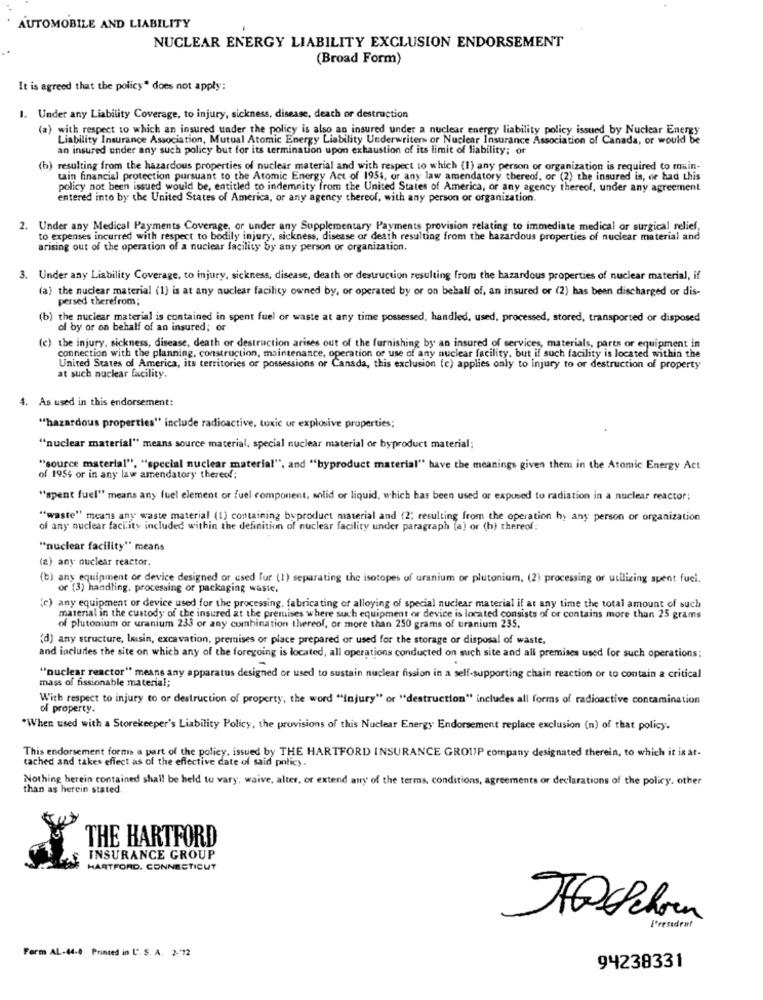
AUTOMOBILE AND LIABILITY
NUCLEAR ENERGY LIABILITY EXCLUSION ENDORSEMENT
(Broad Form)
It is agreed that the policy" does not apply:
1. Under any Liability Coverage, to injury, sickness, disease, death or destruction
(a) with respect to which an insured tader the policy is also an insured under a nuclear energy liability policy issued by Nuclear Energy
Liability Insurance Association, Mutual Atomic Energy Liability Underwriters or Nuclear Insurance Association of Canada, or would be
an insured under any such policy but for its termination upon exhaustion of its limit of liability; or
) resulting from the hazardous properties of nuclear material and with respect to which (1) any person or organization is required to main-
tain financial protection pursuant to the Atomic Energy Act of 1954, or any law amendatory thereof, or (2) the insured is, or had this
policy not been issued would be, entitled to indemnity from the United States of America, or any agency thereof, under any agreement
entered into by the United States of America, or any agency thereof, with any person or organization.
2. Under any Medical Payments Coverage, or under any Supplementary Payments provision relating to immediate medical or surgical relief,
to expenses incurred with respect to bodily injury, sickness, disease or death resulting from the hazardous properties of nuclear material and
arising out of the operation of a nuclear facility by any person or organization.
3. Under any Liability Coverage, to injury, sickness, disease, death or destruction resulting from the hazardous properties of nuclear material, if
(a) the nuclear material (1) is at any nuclear facility owned by, or operated by or on behalf of, an insured or (2) has been discharged or dis-
persed therefrom;
(b) the nuclear material is contained in spent fuel or waste at any time possessed, handled, used, processed, stored, transported or disposed
of by or on behalf of an insured; or
(c) the injury, sickness, disease, death or destruction arises out of the furnishing by an insured of services, materials, parts or equipment in
connection with the planning, construction, maintenance, operation of use of any nuclear facility, but if such facility is located within the
United States of America, its territories or possessions or Canada, this exclusion (c) applies only to injury to or destruction of property
at such nuclear facility.
4. As used in this endorsement:
"hazardous properties" include radioactive, tuxic ur explosive properties;
"nuclear material" means source material, special nuclear material or byproduct material;
"source material", "special nuclear material", and "byproduct material" have the meanings given them in the Atomic Energy Act
of 1954 or in any law amendatory thereof;
"spent fuel" means any fuel element or fuel component, solid or liquid, which has been used or expused to radiation in a nuclear reactor;
"waste" means any waste material (1) containing byproduct material and (2; resulting from the operation by any person or organization
of any nuclear facility included within the definition of nuclear facility under paragraph (a) or (b) thereof:
"nuclear facility" means
(a) any nuclear reactor,
(b) any equipment or device designed or used fur (1) separating the isotopes of uranium or plutonium, (2) processing or utilizing spent fuci.
or (3) handling. processing or packaging waste.
(c) any equipment or device used for the processing, fabricating of alloying of special nuclear material if at any time the total amount of such
material in the custody of the insured at the premises where such equipment or device is located consists of or contains more than 25 grams
of plutonium or uranium 233 or any combination thereof, or more than 250 grams of uranium 235.
(d) any structure, luisin, excavation, premises or place prepared or used for the storage or disposal of waste.
and includes the site on which any of the foregoing is located, all operations conducted on such site and all premises used for such operations;
"nuclear reactor" means any apparatus designed or used to sustain nuclear fission in a self-supporting chain reaction or to contain a critical
mass of fissionable material;
With respect to injury to or destruction of property, the word ""injury" or "destruction" includes all forms of radioactive contamination
of property.
*When used with a Storekeeper's Liability Policy, the provisions of this Nuclear Energy Endorsement replace exclusion (n) of that policy.
This endorsement forms a part of the policy, issued by THE HARTFORD INSURANCE GROUP company designated therein, to which it is at-
cached and takes effect as of the effective date of said policy.
Nothing herein contained shall be held to vary, waive, alter, or extend any of the terms, conditions, agreements or declarations of the policy. other
than as herein stated.
THE HARTFORD
INSURANCE GROUP
HARTFORD. CONNECTICUT
President
Form AL-44.0 Printed in L'. S. A. 2.72
94238331